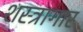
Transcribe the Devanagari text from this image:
शस्‍त्रागार